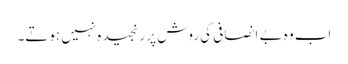
اب وہ بے انصافی کی روش پر رنجیدہ نہیں ہوتے۔